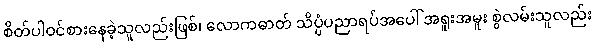
စိတ်ပါဝင်စားနေခဲ့သူလည်းဖြစ်၊ လောကဓာတ် သိပ္ပံပညာရပ်အပေါ် အရူးအမူး စွဲလမ်းသူလည်း